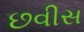
છવીસ